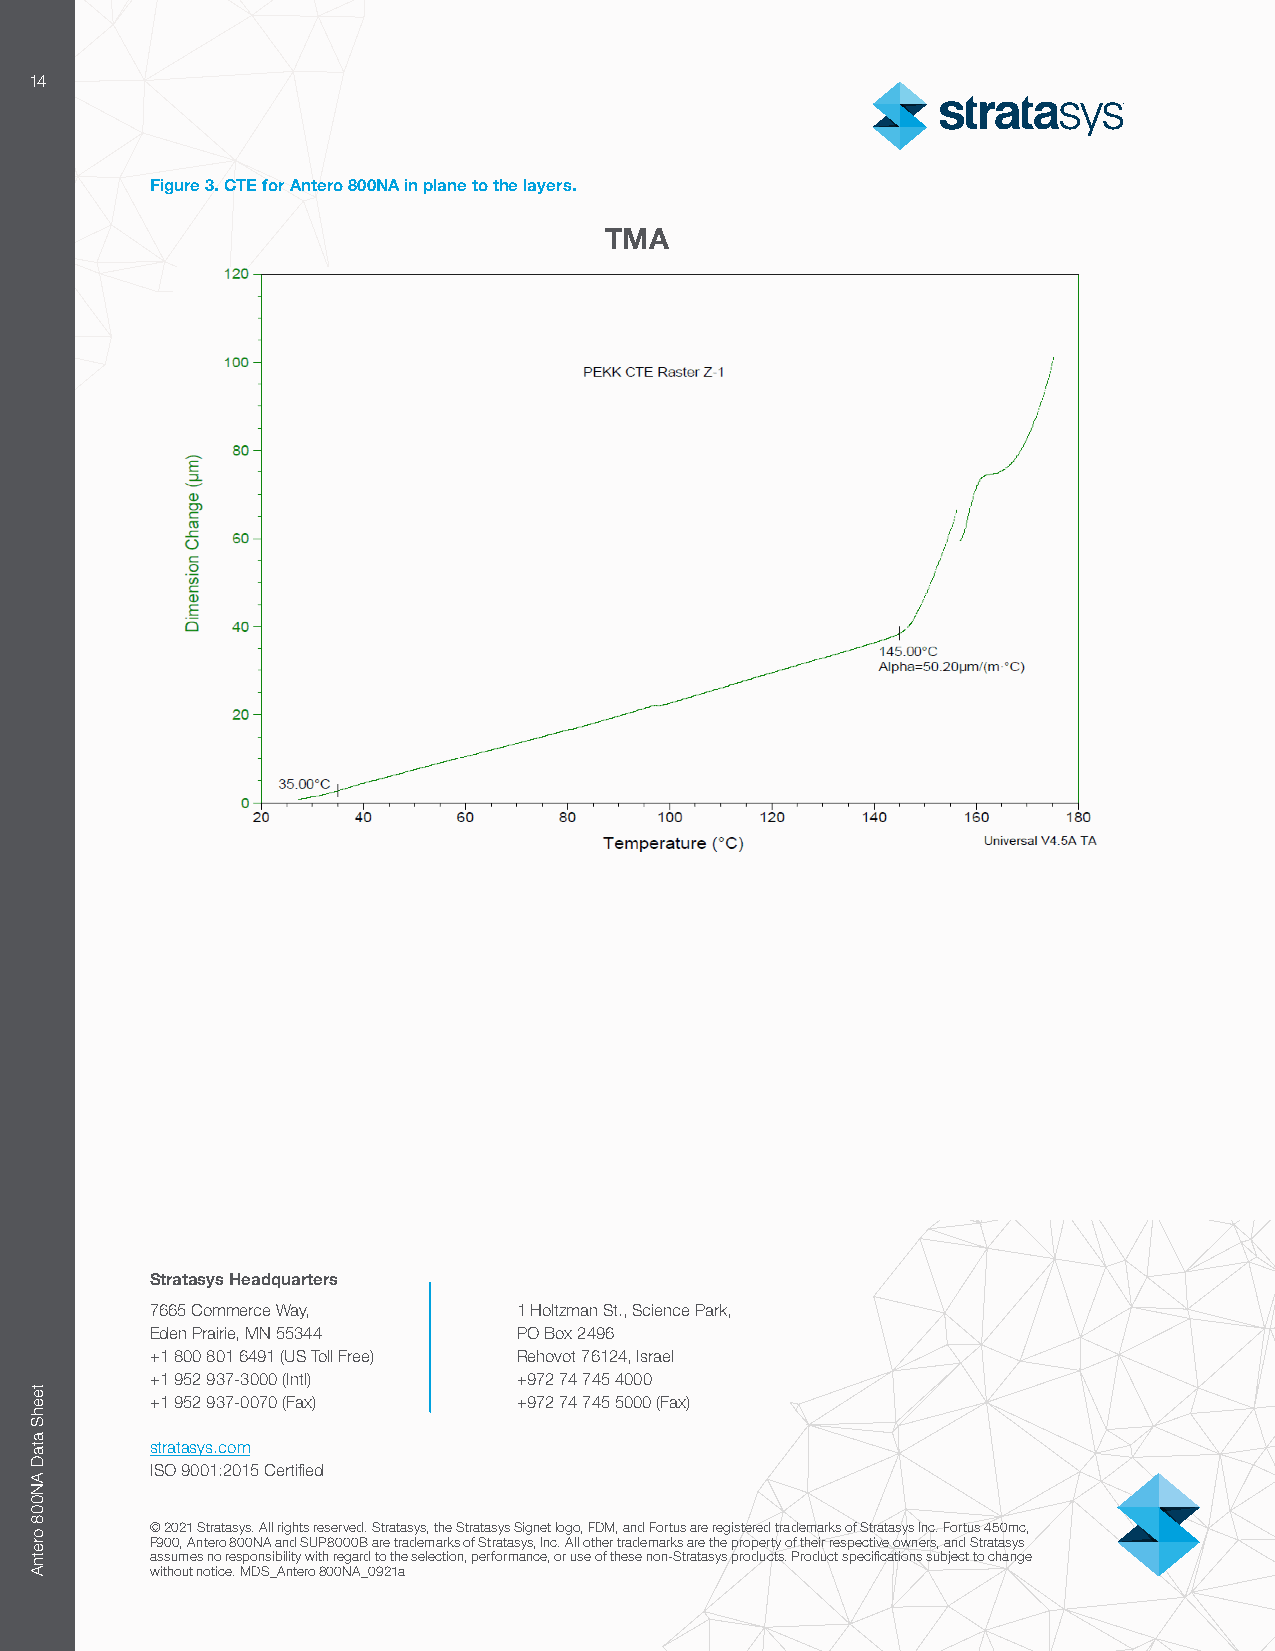
14
 Figure 3. CTE for Antero 800NA in plane to the layers.
 TMA
 Stratasys Headquarters
 7665 Commerce Way,      1 Holtzman St., Science Park,
 Eden Prairie, MN 55344  PO Box 2496
 +1 800 801 6491 (US Toll Free) Rehovot 76124, Israel
 +1 952 937-3000 (Intl)  +972 74 745 4000
 +1 952 937-0070 (Fax)   +972 74 745 5000 (Fax)
 stratasys.com
 ISO 9001:2015 Certified
 © 2021 Stratasys. All rights reserved. Stratasys, the Stratasys Signet logo, FDM, and Fortus are registered trademarks of Stratasys Inc. Fortus 450mc,
 F900, Antero 800NA and SUP8000B are trademarks of Stratasys, Inc. All other trademarks are the property of their respective owners, and Stratasys
 assumes no responsibility with regard to the selection, performance, or use of these non-Stratasys products. Product specifications subject to change
 without notice. MDS_Antero 800NA_0921a
 teehS
 ataD
 AN008
 oretnA